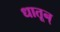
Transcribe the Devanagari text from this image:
धातून्